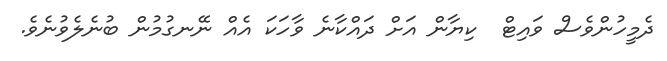
ދެމީހުންވެސް ވައިޓް  ކިޔާން އަށް ދައްކާނެ ވާހަކަ އެއް ނޭނގުމުން ބުނެލެވުނެވެ.